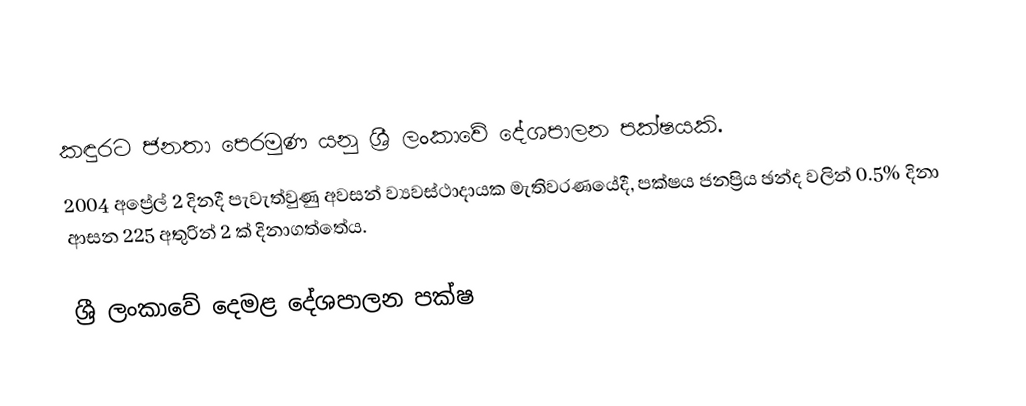
කඳුරට ජනතා පෙරමුණ යනු ශ්‍රී ලංකාවේ දේශපාලන පක්ෂයකි.
2004 අප්‍රේල් 2 දිනදී පැවැත්වුණු අවසන් ව්‍යවස්ථාදායක මැතිවරණයේදී, පක්ෂය ජනප්‍රිය ඡන්ද වලින් 0.5% දිනා ආසන  225 අතුරින් 2 ක් දිනාගත්තේය.

ශ්‍රී ලංකාවේ දෙමළ දේශපාලන පක්ෂ